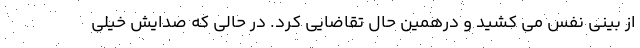
از بینی نفس می کشید و درهمین حال تقاضایی کرد. در حالی که صدایش خیلی